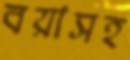
বয়াসহ